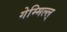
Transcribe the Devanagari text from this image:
गेम्मिल्ल्